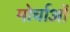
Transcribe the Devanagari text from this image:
मोर्चाओं